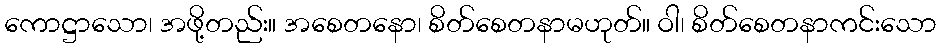
ကောဋ္ဌာသော၊ အဖို့တည်း။ အစေတနော၊ စိတ်စေတနာမဟုတ်။ ဝါ၊ စိတ်စေတနာကင်းသော